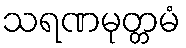
သရဏမုတ္တမံ